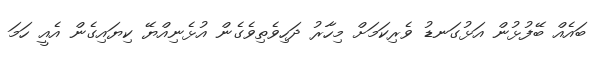
ބައެއް ބޭފުޅުން އަޅުގަނޑު ވެރިކަމަށް މިހާރު ދަހިވެތިވެގެން އުޅެނިއްޔޭ ކިޔައިގެން އެއީ ހަމަ